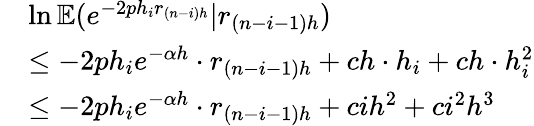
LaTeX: \begin{array}{rl}&{\ln\mathbb{E}(e^{-2ph_{i}r_{(n-i)h}}|r_{(n-i-1)h})}\\ &{\leq-2ph_{i}e^{-\alpha h}\cdot r_{(n-i-1)h}+ch\cdot h_{i}+ch\cdot h_{i}^{2}}\\ &{\leq-2ph_{i}e^{-\alpha h}\cdot r_{(n-i-1)h}+cih^{2}+ci^{2}h^{3}}\end{array}